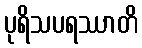
ပုရိသပရဿာတိ